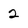
Character: 2